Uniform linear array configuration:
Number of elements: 24
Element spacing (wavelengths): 0.5
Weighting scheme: hann
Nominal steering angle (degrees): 15
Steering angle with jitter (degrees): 16.461
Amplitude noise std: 0.05
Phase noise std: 0.05

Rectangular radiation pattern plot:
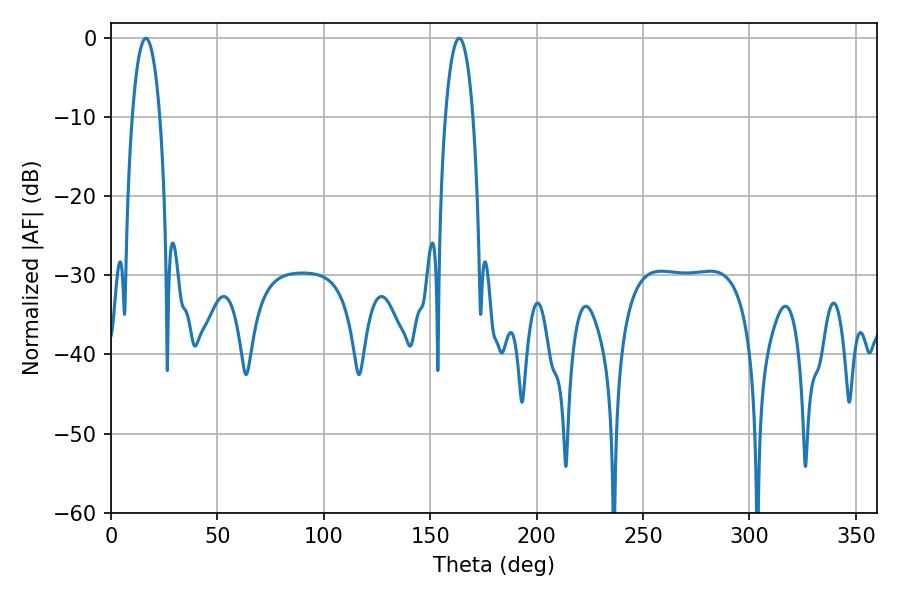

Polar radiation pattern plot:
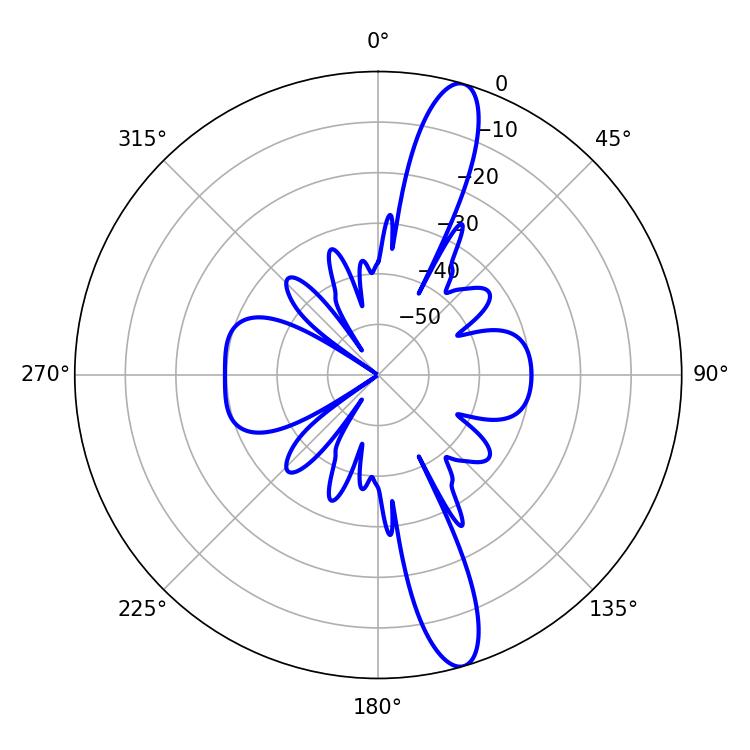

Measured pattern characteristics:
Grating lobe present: FALSE
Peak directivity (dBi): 14.194
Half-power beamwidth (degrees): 7.2
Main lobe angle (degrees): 16.38